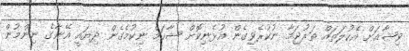
ވިޝާއަށް އެކުލަތައް ތަރުޖަމާ ނުކުރެވިގެން އުޅެނިކޮށް ޝާހަމް ނިކުމެގެން ދިޔައީ އޭނާގެ ނިންމުން